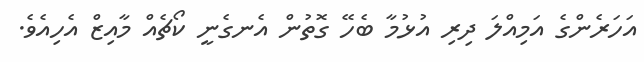
އަހަރެންގެ އަމިއްލަ ދިރި އުޅުމާ ބެހޭ ގޮތުން އެނގެނީ ކޯޗެއް މާއިޒް އެހިއެވެ.